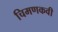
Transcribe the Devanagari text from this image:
चिमणकवी